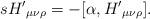
LaTeX: \begin{align*}s{H'}_{\mu \nu \rho}= - [ \alpha , {H'}_{\mu \nu \rho}] .\end{align*}